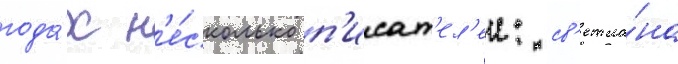
года́х н'е́сколько п'исат'ел'еи: св'етла́на